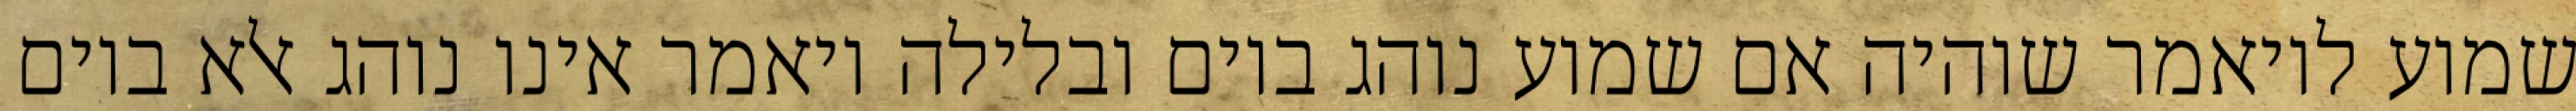
שמוע לויאמר שוהיה אם שמוע נוהג ביום ובלילה ויאמר אינו נוהג אלא ביום